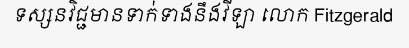
ទស្សនវិជ្ជមានទាក់ទាងនឹងវីឡា លោក Fitzgerald